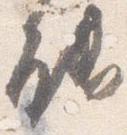
能